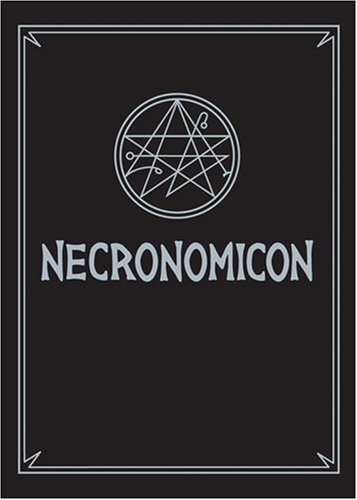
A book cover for Necronomicon: 31st Anniversary Edition; Religion & Spirituality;